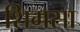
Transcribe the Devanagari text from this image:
शिमसा